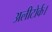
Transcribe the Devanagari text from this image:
अलीटोर्क।